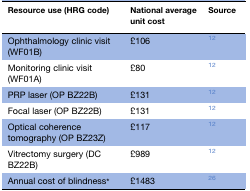
<table><thead><tr><td><b>Resource use (HRG code)</b></td><td><b>National average unit cost</b></td><td><b>Source</b></td></tr></thead><tbody><tr><td>Ophthalmology clinic visit (WF01B)</td><td>£106</td><td>12</td></tr><tr><td>Monitoring clinic visit (WF01A)</td><td>£80</td><td>12</td></tr><tr><td>PRP laser (OP BZ22B)</td><td>£131</td><td>12</td></tr><tr><td>Focal laser (OP BZ22B)</td><td>£131</td><td>12</td></tr><tr><td>Optical coherence tomography (OP BZ23Z)</td><td>£117</td><td>12</td></tr><tr><td>Vitrectomy surgery (DC BZ22B)</td><td>£989</td><td>12</td></tr><tr><td>Annual cost of blindness*</td><td>£1483</td><td>26</td></tr></tbody></table>